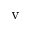
\mathrm { v }